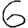
Digit: 6